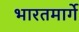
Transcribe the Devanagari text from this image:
भारतमार्गे